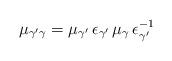
LaTeX: \begin{align*}\mu_{\gamma' \gamma} = \mu_{\gamma'} \, \epsilon_{\gamma'} \, \mu_{\gamma} \, \epsilon_{\gamma'}^{-1}\end{align*}